Annual statistical returns and brief notes on vaccination in Bengal - 1896-1909
Year: 1896
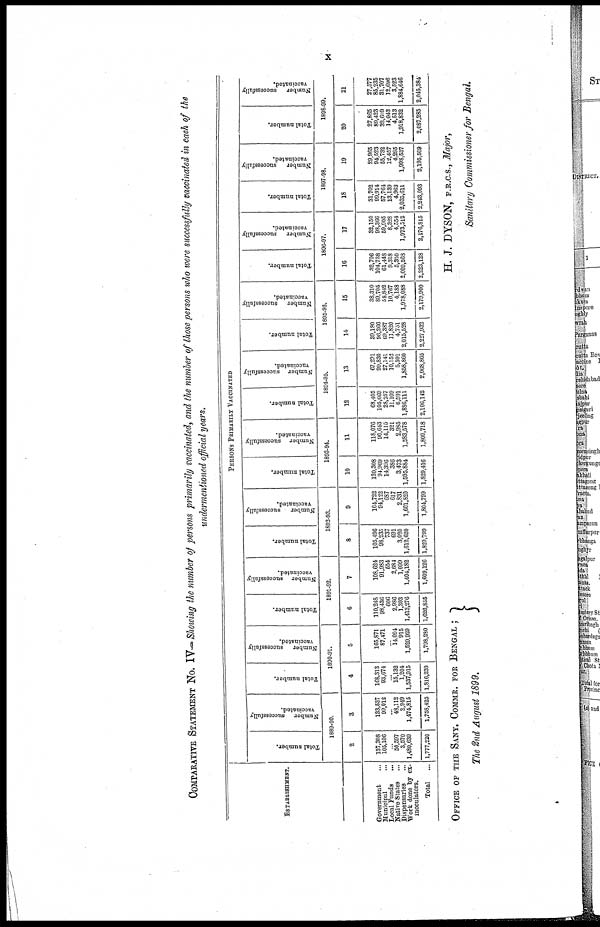
x
COMPARATIVE STATEMENT No. IV— Showing the number of persons primarily vaccinated, and the number of those persons who were successfully vaccinated in each of the
undermentioned official years.
ESTABLISHMENT.
Government ...
Municipal ...
Local Funds
...
Native States ...
Dispensaries ...
Work done by ex¬
inoculators.
Total
...
PERSONS PRIMARILY VACCINATED
Total number.
Number
successfully
vaccinated.
1889-90.
2
137,308
105,106
... 50,597
3,570
1,480,639
1,777,220
3
133,537
99,012
... 48,112
2,949
1,474,815
1,758,425
Total number.
Number
successfully
vaccinated.
1890-91.
4
168,313
93,674
... 15,132
1,204
1,537,915
1,816,233
5
165,871
87,471
... 14,094
915
1,529,929
1,798,280
Total number.
Number
successfully
vaccinated.
1891-92.
6
110,248
98,436
606
2,986
1,303
1,413,276
1,626,855
7
108,624
91,983
554
2,684
1,099
1,404,182
1,609,126
Total number.
Number
successfully
vaccinated.
1892-93.
8
105,496
98,235
737
691
3,020
1,612,620
1,820,799
9
104,722
94,122
687
617
2,831
1,601,820
1,804,799
Total number.
Number
successfully
vaccinated.
1893-94.
10
120,308
94,969
14,396
386
3,473
1,595,884
1,829,416
11
118,076
90,643
14,115
321
2,985
1,583,578
1,809,718
Total number.
Number
successfully
vaccinated.
1894-95.
12
68,405
105,669
28,257
11,109
6,591
1,886,111
2,106,142
13
67,291
99,830
27,141
10,152
5,591
1,858,860
2,068,865
Total number.
Number
successfully
vaccinated.
1895-96.
14
39,180
96,266
69,387
11,820
4,751
2,015,528
2,227,932
15
38,310
89,705
68,842
10,767
4,188
1,978,088
2,179,900
Total number.
Number
successfully
vaccinated.
1896-97.
16
32,706
104,738
61,448
9,318
5,350
2,009,563
2,223,128
17
32,150
98,366
59,905
8,328
4,554
1,973,512
2,176,815
Total number.
Number
successfully
vaccinated.
1897-98.
18
31,702
99,914
57,764
13,139
4,963
2,035,611
2,243,093
19
29,965
94,523
55,732
12,457
4,295
1,998,537
2,195,509
Total number.
Number
successfully
vaccinated.
1898-99.
20
27,865
89,423
32,609
14,043
4,513
1,918,832
2,087,285
21
27,577
85,235
31,707
12,696
3,523
1,884,646
2,045,384
OFFICE OF THE SANY. COMMR. FOR BENGAL ;
The 2nd August 1899.
H. J. DYSON, F.R.C.S., Major,
Sanitary Commissioner for Bengal.